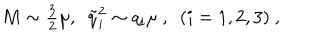
LaTeX: M \sim \textstyle { \frac { 3 } { 2 } } \mu , \ \ { \tilde { q } } _ { i } ^ { 2 } \sim q _ { i } \mu \ , \ \ ( i = 1 , 2 , 3 ) \ ,